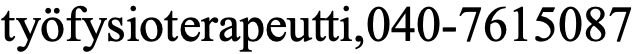
työfysioterapeutti,040-7615087